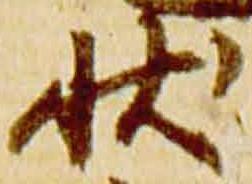
状